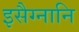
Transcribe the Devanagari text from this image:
इसैग्नानि